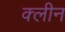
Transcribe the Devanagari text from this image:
क्‍लीन